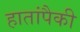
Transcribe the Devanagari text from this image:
हातांपैकी